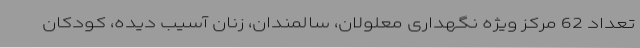
تعداد 62 مرکز ویژه نگهداری معلولان، سالمندان، زنان آسیب دیده، کودکان